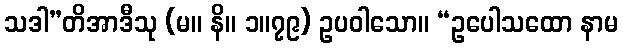
သဒါ”တိအာဒီသု (မ။ နိ။ ၁။၇၉) ဥပဝါသော။ “ဥပေါသထော နာမ